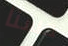
حسنا